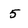
Character: 5